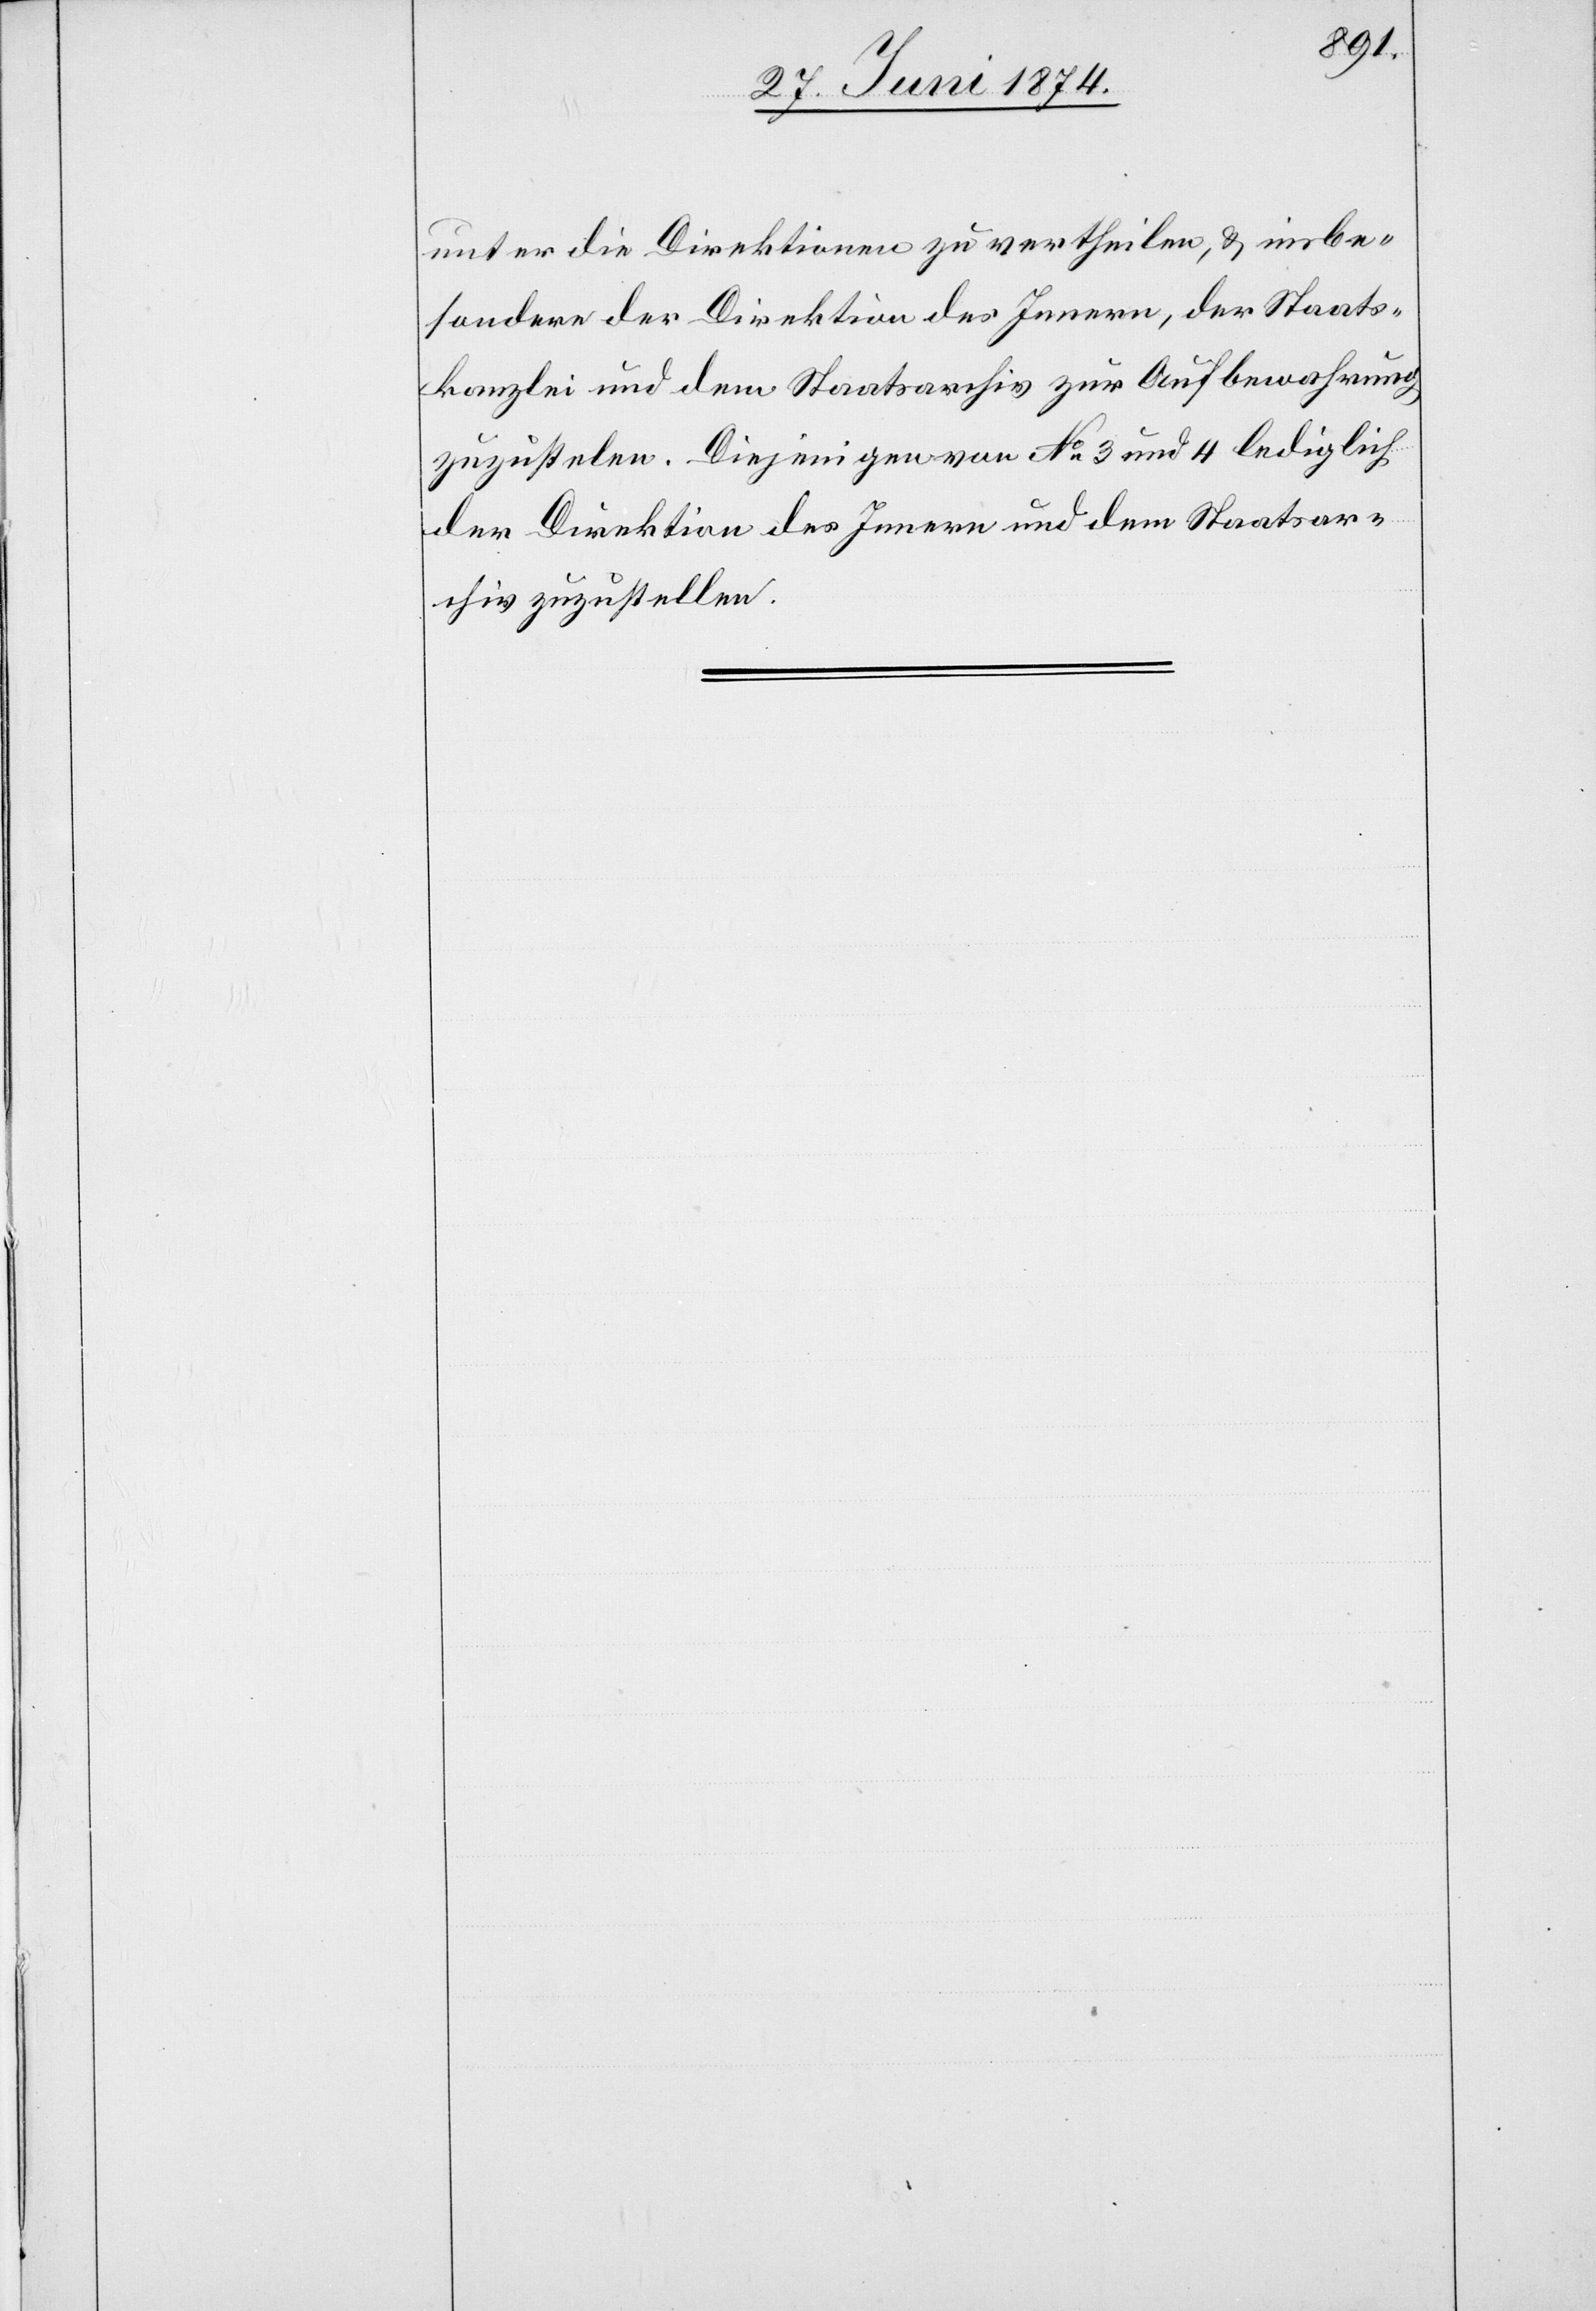
unter die Direktionen zu vertheilen, u. insbe¬
sondere der Direktion des Innern, der Staats¬
kanzlei und dem Staatsarchiv zur Aufbewahrung
zuzustel[l]en. Diejenigen von No 3 und 4 lediglich
der Direktion des Innern und dem Staatsar¬
chiv zuzustellen.